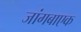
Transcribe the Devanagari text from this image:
जांगबाएक